system: You are a helpful assistant.
user:
Analyze the provided spectrum to determine if it is a **S-type Star**.

- **Key Indicators for S-type Star:**

    - **(Overall Spectrum Shape):** The first and most obvious characteristic is the overall continuum (the "baseline" shape). It is **extremely "red-sloping,"** meaning the flux (light intensity) is very low on the left side (blue, ~4000-4500 Å) and rises steeply and continuously toward the right side (red, ~7000 Å+).

    - **(Primary):** The spectrum is defined by the presence of strong, broad molecular absorption "valleys" (bands) from **Zirconium Oxide (ZrO)**. The identification of these bands is the **primary requirement** for classifying a star as S-type.
        - **(Key Bandheads):** You must find distinct, deep "dips" where the light has been absorbed. The most critical band systems to locate are:
            - **~6474 Å** ($\gamma$-system): This is often the strongest and clearest ZrO feature, found in the red part of the spectrum.
            - **~5718 Å** & **~5551 Å** ($\beta$-system): A pair of prominent absorption features in the yellow-orange part of the spectrum.
            - **~4640 Å** ($\alpha$-system): A key absorption band system in the blue-green region of the spectrum.

    - **(Secondary Confirmation):** The classification is strengthened by finding additional absorption bands from other related heavy element oxides, which are expected to be present alongside ZrO.
        - **(Key Bandheads):**
            - **Yttrium Oxide (YO):** Look for absorption dips near **~4800 Å** and **~6100 Å**.
            - **Lanthanum Oxide (LaO):** Additional absorption features, particularly in the red-orange part of the spectrum, are also characteristic.

    - **(Line Profile):** The combination of the steep red continuum and these numerous, deep molecular bands (ZrO, YO, etc.) gives the entire spectrum a very **"chopped-up"** or **"bumpy"** appearance. Instead of a smooth curve, the spectrum looks as though large, wide chunks of light have been "carved out" of it at the specific wavelengths listed above.

Think first, call **spectral_visualization_tool** if needed to examine features in detail, then provide your final answer. Your response must adhere to the following strict rules:
1.  **Overall Structure:** Your response must follow the format `<think>...</think> <tool_call>...</tool_call> (if a tool is used) <answer>...</answer>`.
2.  **Tool Usage Constraint:** You may only make **one** tool call per turn.
3.  **Final Answer Format:** In the `<answer>` tag, your conclusion must be inside a `\boxed{}` command (e.g., `\boxed{YES}` or `\boxed{NO}`), followed by your justification.

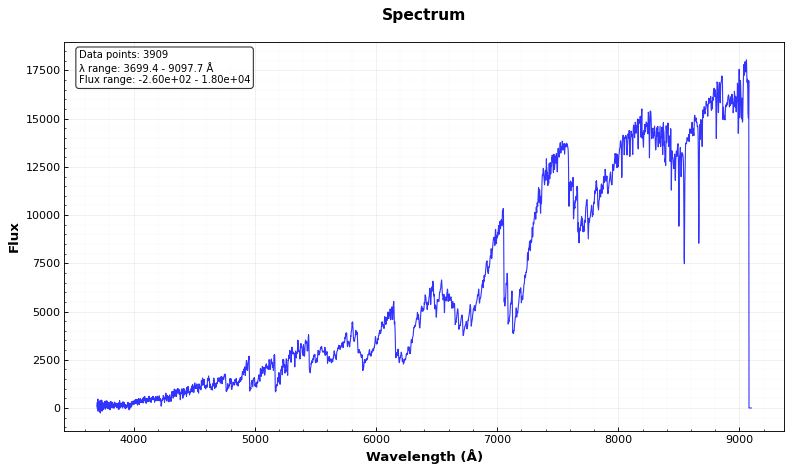
Answer: YES